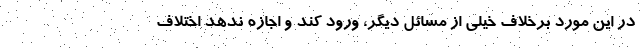
در این مورد برخلاف خیلی از مسائل دیگر، ورود کند و اجازه ندهد اختلاف